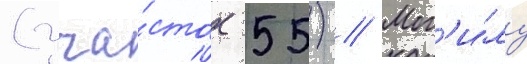
(уча́сток 55) // Мог'и́лу